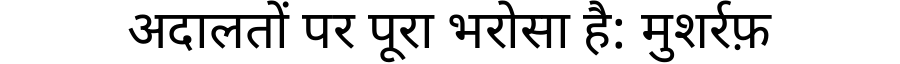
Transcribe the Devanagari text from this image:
अदालतों पर पूरा भरोसा है: मुशर्रफ़